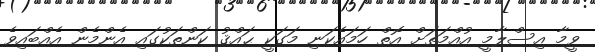
ވީމާ އިސްލާމީ އުއްމަތަށް އޮތް ހަމައެކަނި މަގަކީ ޙައްޤު ކަންތަކުގައި އެންމެން އެއްބައިވެ